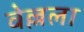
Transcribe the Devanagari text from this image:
वेल्लला